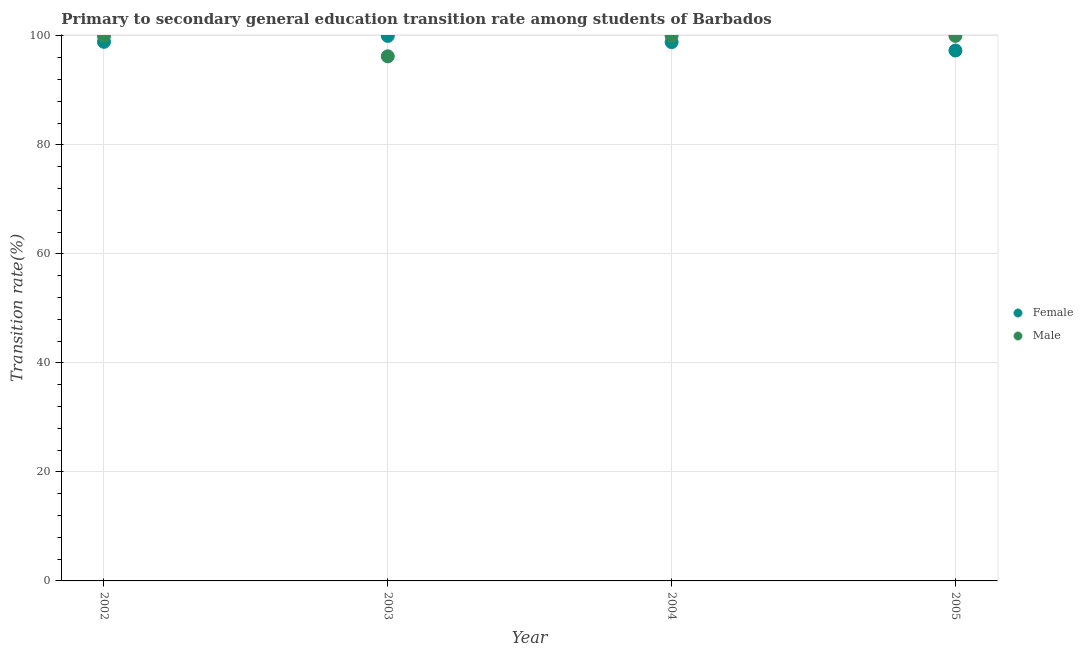
| Year | Female | Male |
 | --- | --- | --- |
 | 2002 | 98.9 | 100 |
 | 2003 | 100 | 96.3 |
 | 2004 | 98.9 | 100 |
 | 2005 | 97.3 | 100 |